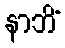
နာဘိံ